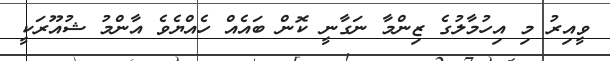
ވީއިރު މި އިހުމާލުގެ ޒިންމާ ނަގާނީ ކޮން ބައެއް ހެއްޔެވެ އާންމު ޝުއޫރަކީ